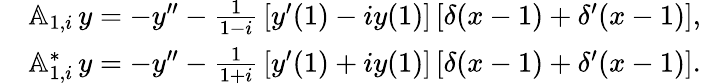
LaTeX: \begin{array}{rl}&{{\mathbb A}_{1,i}\, y=-y^{\prime\prime}-\frac{1}{1-i}\, [y^{\prime}(1)-iy(1)]\, [\delta(x-1)+\delta^{\prime}(x-1)],}\\ &{{\mathbb A}_{1,i}^{*}\, y=-y^{\prime\prime}-\frac{1}{1+i}\, [y^{\prime}(1)+iy(1)]\, [\delta(x-1)+\delta^{\prime}(x-1)].}\end{array}